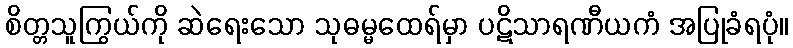
စိတ္တသူကြွယ်ကို ဆဲရေးသော သုဓမ္မထေရ်မှာ ပဋိသာရဏီယကံ အပြုခံရပုံ။